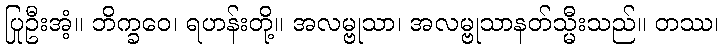
ပြုဦးအံ့။ ဘိက္ခဝေ၊ ရဟန်းတို့။ အလမ္ဗုသာ၊ အလမ္ဗုသာနတ်သ္မီးသည်။ တဿ၊